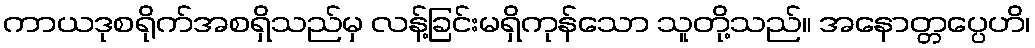
ကာယဒုစရိုက်အစရှိသည်မှ လန့်ခြင်းမရှိကုန်သော သူတို့သည်။ အနောတ္တပ္ပေဟိ၊